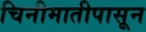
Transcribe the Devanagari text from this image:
चिनीमातीपासून